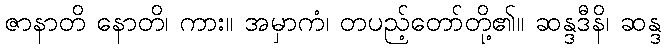
ဇာနာတိ နောတိ၊ ကား။ အမှာကံ၊ တပည့်တော်တို့၏။ ဆန္ဒဒီနိ၊ ဆန္ဒ